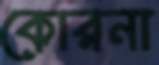
কোরনা